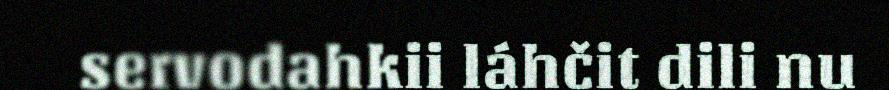
servodahkii láhčit dili nu